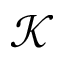
\mathcal { K }